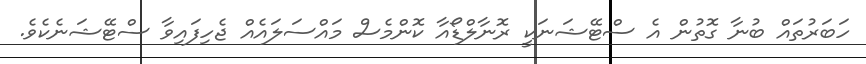
ހަބަރުތައް ބުނާ ގޮތުން އެ ސްޓޭޝަނަކީ ރޮނާލްޑޯއާ ކޮންމެސް މައްސަލައެއް ޖެހިފައިވާ ސްޓޭޝަނެކެވެ.